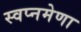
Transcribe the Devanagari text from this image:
स्वप्नमेणा